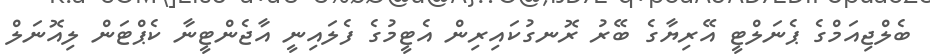
ބެލްޖިއަމްގެ ޕެނަލްޓީ އޭރިޔާގެ ބޭރު ރޮނގުކައިރިން އެޓީމުގެ ފެލައިނީ އާޖެންޓީނާ ކެޕްޓަން ލިއޮނަލް